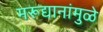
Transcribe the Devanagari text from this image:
मरूद्यानांमुळे